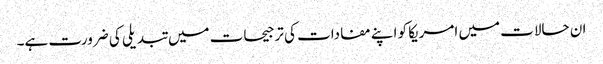
ان حالات میں امریکا کو اپنے مفادات کی ترجیحات میں تبدیلی کی ضرورت ہے۔